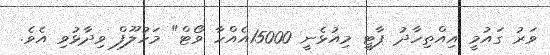
ވަރު ގައުމީ އިއްތިހާދު ޕާޓީ މިއުޅެނީ 15000އެއްހާ ވޯޓް" މަހުލޫފް ވިދާޅުވި އެވެ.